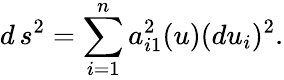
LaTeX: d\, s^{2}=\sum_{i=1}^{n}a_{i1}^{2}(u)(du_{i})^{2}.